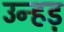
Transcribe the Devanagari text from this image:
उन्हड़